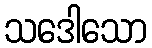
သဒေါသော